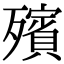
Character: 殯